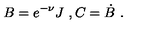
B = e ^ { - \nu } J \ , C = \dot { B } \ .